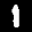
Label: 1